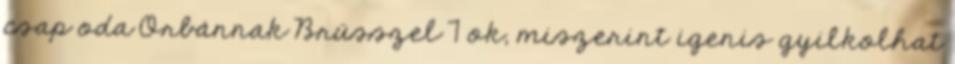
csap oda Orbánnak Brüsszel 7 ok, miszerint igenis gyilkolhat